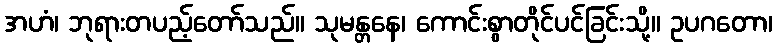
အဟံ၊ ဘုရားတပည့်တော်သည်။ သုမန္တနေ၊ ကောင်းစွာတိုင်ပင်ခြင်းသို့။ ဥပဂတော၊